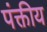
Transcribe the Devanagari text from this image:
पंक्तीय